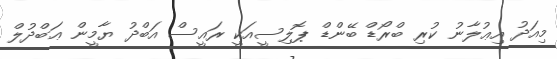
މިއަދު އިޢުލާނު ކުރި ބްރޯޑް ބޭންޑް ޕޮލިސީއަކީ ރައީސް އަބްދު ޔާމީން ޢަބްދުލް